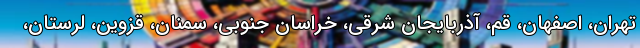
تهران، اصفهان، قم، آذربایجان شرقی، خراسان جنوبی، سمنان، قزوین، لرستان،